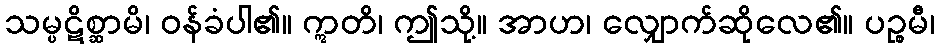
သမ္ပဋိစ္ဆာမိ၊ ဝန်ခံပါ၏။ ဣတိ၊ ဤသို့။ အာဟ၊ လျှောက်ဆိုလေ၏။ ပဉ္စမီ၊